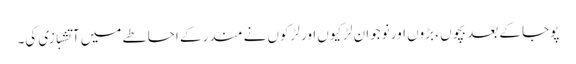
پوجا کے بعد بچوں ، بڑوں اور نوجوان لڑکیوں اور لڑکوں نے مندر کے احاطے میں آتشبازی کی۔